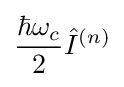
{\frac {\hbar \omega _{c}}{2}}{\hat {I}}^{(n)}